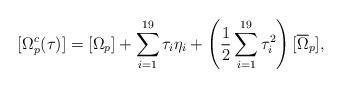
LaTeX: \begin{align*}[\Omega_p^c(\tau)]=[\Omega_p]+\sum\limits_{i=1}^{19}\tau_i\eta_i+\left( \frac{1}{2}\sum\limits_{i=1}^{19}\tau_i^2 \right)[\overline{\Omega}_p],\end{align*}